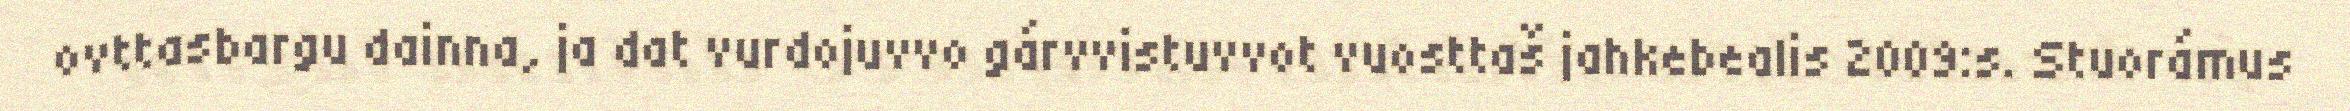
ovttasbargu dainna, ja dat vurdojuvvo gárvvistuvvot vuosttaš jahkebealis 2009:s. Stuorámus